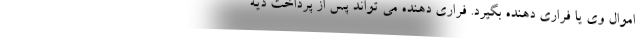
اموال وی یا فراری دهنده بگیرد. فراری دهنده می تواند پس از پرداخت دیه